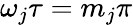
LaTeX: \omega_{j}\tau=m_{j}\pi